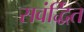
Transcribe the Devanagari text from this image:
सवंर्द्धित